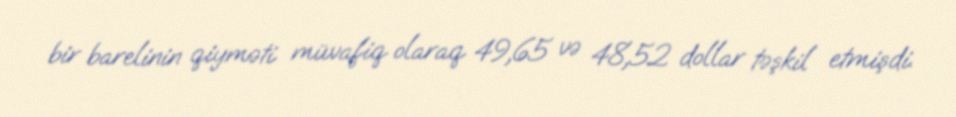
bir barelinin qiyməti müvafiq olaraq 49,65 və 48,52 dollar təşkil etmişdi.